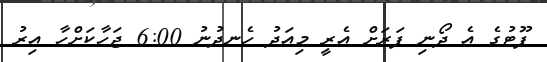
ފޫޓުގެ އެ ދޯނި ފަރަށް އެރީ މިއަދު ހެނދުނު 6:00 ޖަހާކަށްހާ އިރު